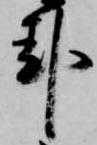
卦